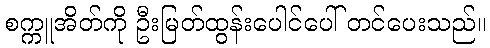
စက္ကူအိတ်ကို ဦးမြတ်ထွန်းပေါင်ပေါ် တင်ပေးသည်။